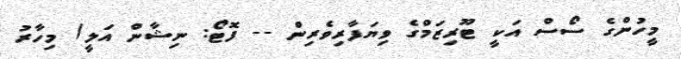
މީހުންގެ ސޯސް އަކީ ޓޫރިޒަމްގެ ވިޔަފާރިވެރިން -- ފޮޓޯ: ނިޝާން އަލީ/ މިހާރު